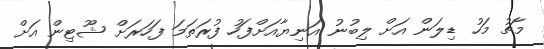
މާޗު މަހު ޑިލަން އަށް ލިބުނު އަނިޔާއަށްފަހު ފުރަތަމަ ފަހަރަށް ޝޫޓިން އަށް